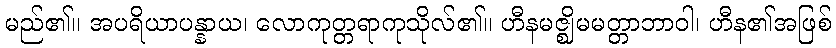
မည်၏။ အပရိယာပန္နာယ၊ လောကုတ္တရာကုသိုလ်၏။ ဟီနမဇ္ဈိမမတ္တာဘာဝါ၊ ဟီန၏အဖြစ်